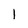
Character: 1